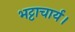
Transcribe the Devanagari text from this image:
भट्टाचार्य।